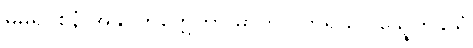
မဓုရဝစနံ အနုဝိတက္ကေတွာ မာတုလဘရိယာ သ္နေဟနွယံ